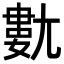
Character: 𡰍